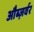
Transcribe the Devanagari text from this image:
औब्ज़र्वर